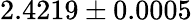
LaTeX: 2.4219\pm 0.0005